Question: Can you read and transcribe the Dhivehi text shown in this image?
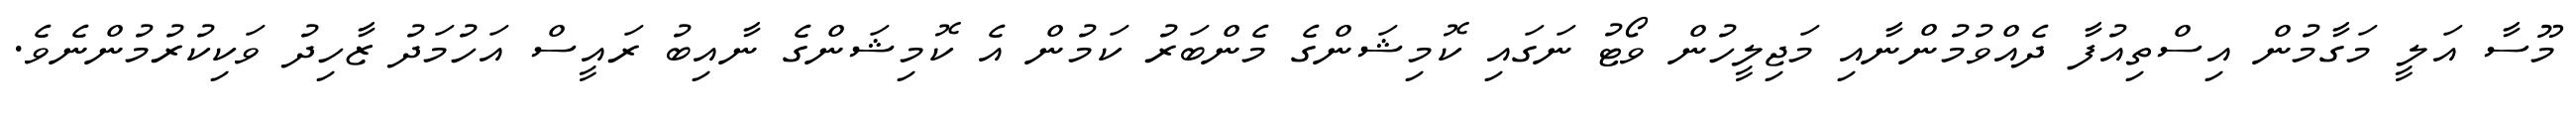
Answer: މޫސާ އަލީ މަގާމުން އިސްތިއުފާ ދެއްވުމުންނާއި މަޖިލީހުން ވޯޓު ނަގައި ކޮމިޝަންގެ މެންބަރު ކަމުން އެ ކޮމިޝަންގެ ނާއިބު ރައީސް އަހުމަދު ޒާހިދު ވަކިކުރުމުންނެވެ.